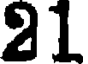
21